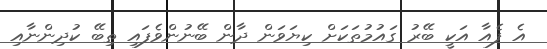
އެ ފެއާ އަކީ ބޭރު ގައުމުތަކަށް ކިޔަވަން ދާން ބޭނުންވެފައި ތިބޭ ކުދިންނާއި